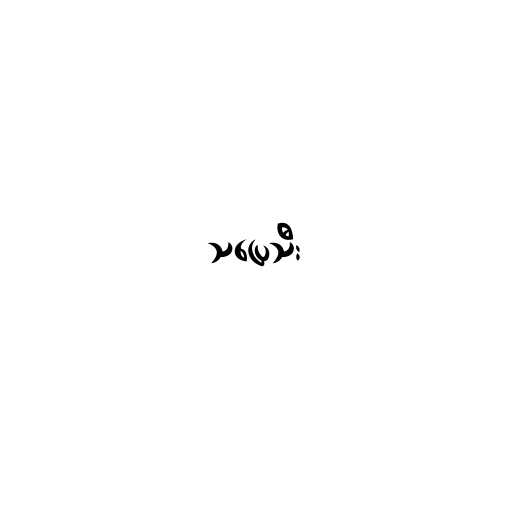
သပြေသီး